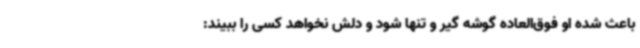
باعث شده او فوق‌العاده گوشه گیر و تنها شود و دلش نخواهد کسی را ببیند: